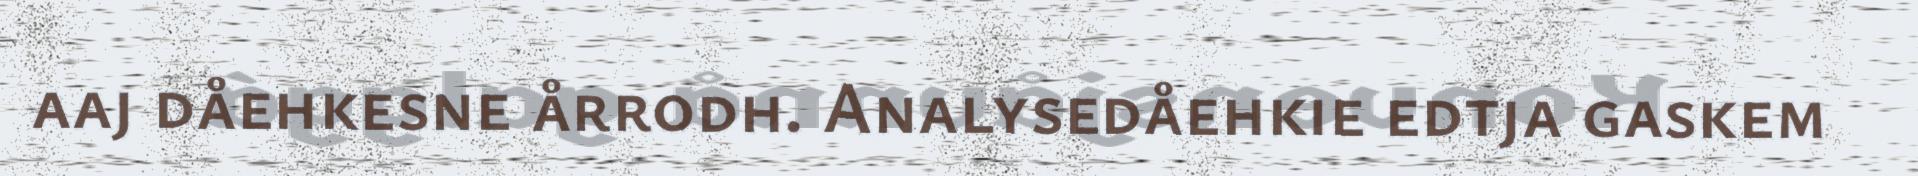
aaj dåehkesne årrodh. Analysedåehkie edtja gaskem